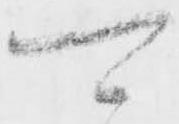
可